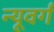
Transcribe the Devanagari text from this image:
न्यूवर्ग